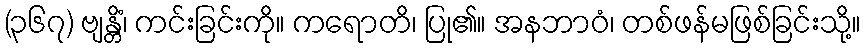
(၃၆၇) ဗျန္တိံ၊ ကင်းခြင်းကို။ ကရောတိ၊ ပြု၏။ အနဘာဝံ၊ တစ်ဖန်မဖြစ်ခြင်းသို့။